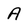
Character: A